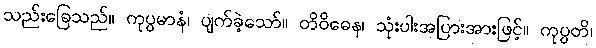
သည်းခြေသည်။ ကုပ္ပမာနံ၊ ပျက်ခဲ့သော်။ တိဝိဓေန၊ သုံးပါးအပြားအားဖြင့်။ ကုပ္ပတိ၊